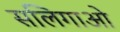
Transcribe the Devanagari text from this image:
सलिगाओ